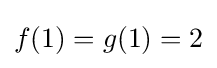
f(1)=g(1)=2